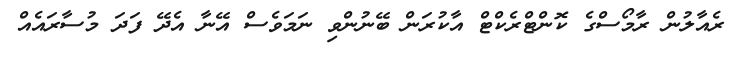
ރެއާލުން ރާމޯސްގެ ކޮންޓްރެކްޓް އާކުރަން ބޭނުންވި ނަމަވެސް އޭނާ އެދޭ ފަދަ މުސާރައެއް